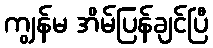
ကျွန်မ အိမ်ပြန်ချင်ပြီ